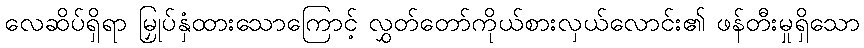
လေဆိပ်ရှိရာ မြှုပ်နှံထားသောကြောင့် လွှတ်တော်ကိုယ်စားလှယ်လောင်း၏ ဖန်တီးမှုရှိသော